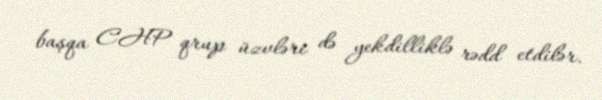
başqa CHP qrup üzvləri də yekdilliklə rədd etdilər.